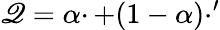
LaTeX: \mathscr{Q}=\alpha\cdotp+(1-\alpha)\cdotp^{\prime}